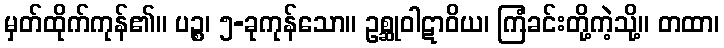
မှတ်ထိုက်ကုန်၏။ ပဉ္စ၊ ၅-ခုကုန်သော။ ဥစ္ဆုဝါဋာဝိယ၊ ကြံခင်းတို့ကဲ့သို့။ တထာ၊